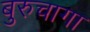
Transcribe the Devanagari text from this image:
बुरुचागा